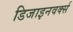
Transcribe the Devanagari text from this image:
डिजाइनवर्क्स